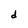
Character: d